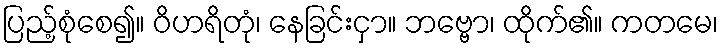
ပြည့်စုံစေ၍။ ဝိဟရိတုံ၊ နေခြင်းငှာ။ ဘဗ္ဗော၊ ထိုက်၏။ ကတမေ၊